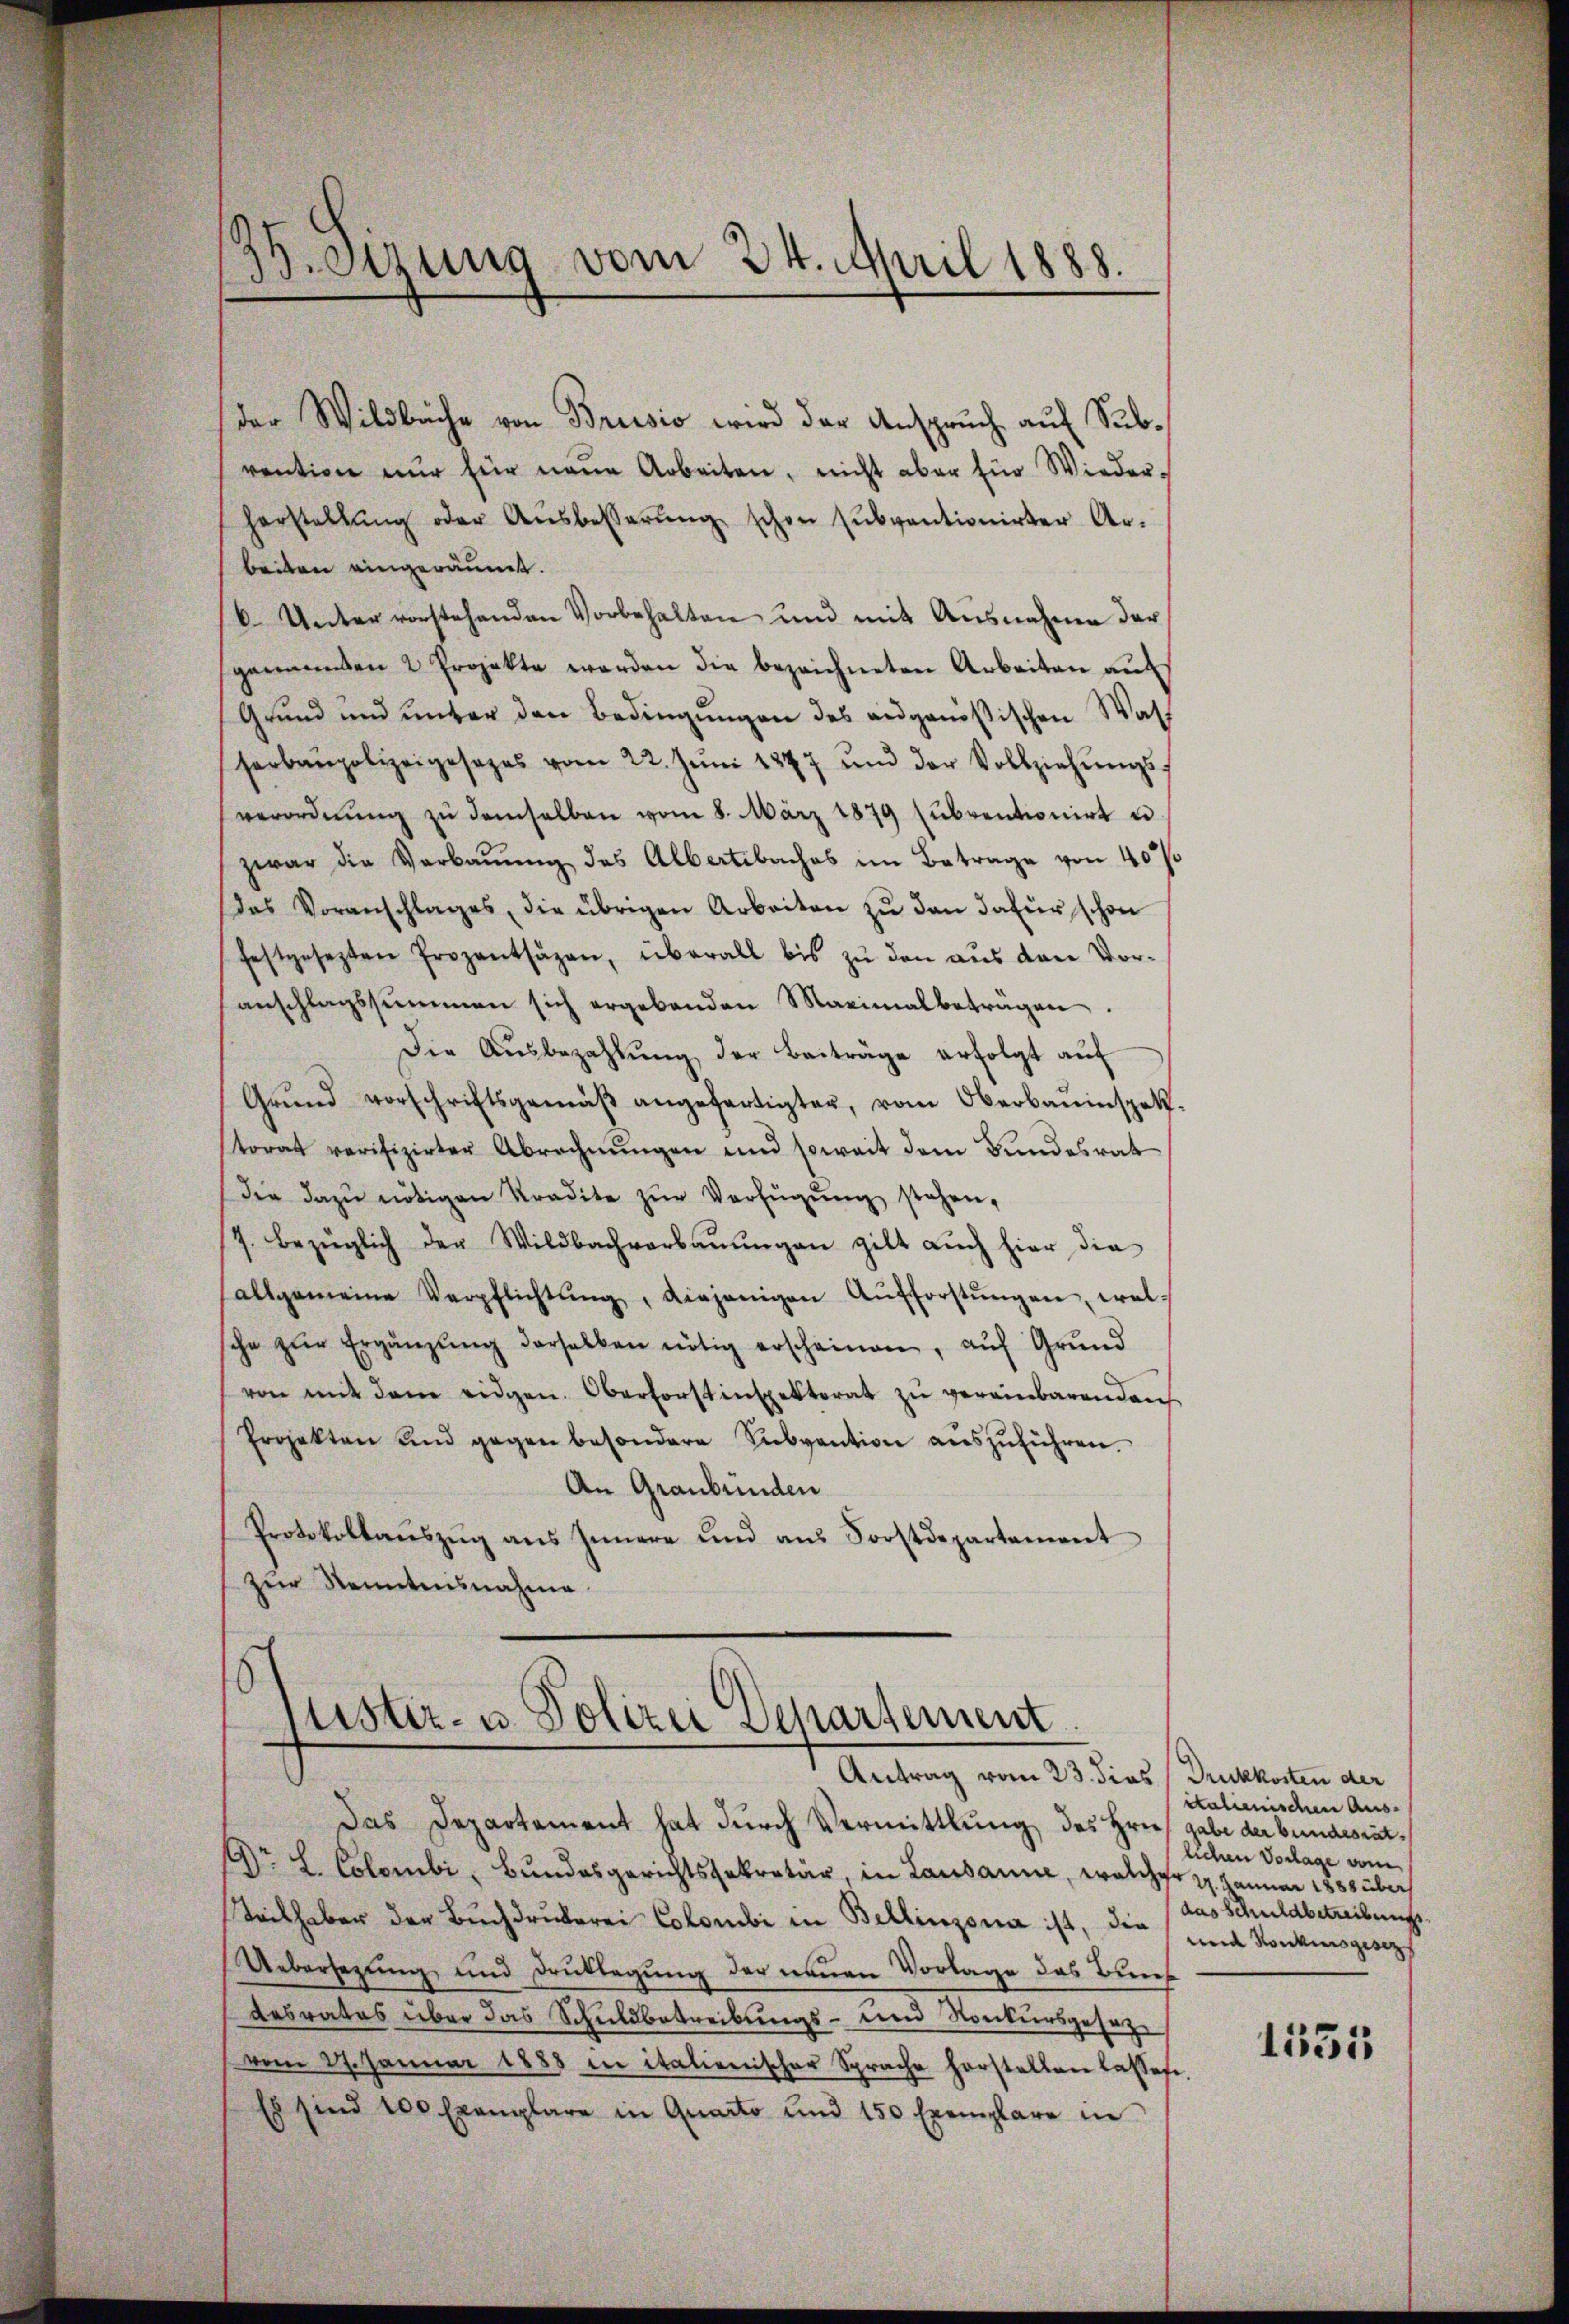
191
drettung vom 24. April 1888.

der Wildbache von Brusio wird der Anspruch auf Subvention nur für neue Arbeiten, nicht aber für Wiederherstellŭng oder Aŭsbesserŭng schon sŭbventionirter Ar-
beiten eingeräumt.
b. Unter vorstehenden Vorbehalten und mit Ausnahme der
genannten 2 Projekte werden die bezeichneten Arbeiten aŭf
Grŭnd und ŭnter den Bedingŭngen des angenößischen Wass
serbaupolizeigesezes vom 22. Jŭni 1877 und der Vollziehŭngs-
verordnŭng zŭ demselben vom 8. März 1879 sŭbventionirt u.
zwar die Verbauung des Albertibaches im Betrage von 40%
das Voranschlages, die übrigen Arbeiten zŭ den dafür schon
festgesezten Prozentsagen, überall bis zu den aus den Voranschlagssummen sich ergebenden Maximalbeträgen.
Die Aŭsbezahlŭng der Beiträge erfolgt auf
Grŭnd vorschriftsgemäβ angefertigter, vom Oberbauinspett.
storat verifizirter Abrechnŭngen und soweit dem Bundesrat
die dazŭ nötigen Stradite zŭr Verfügŭng stehen,
7. bezüglich der Wildbachverbaŭŭngen gilt aŭch hier die
allgemeine Verpflichtŭng, diejenigen Aŭfforstŭngen, welsche zŭr Ergänzŭng derselben nötig erscheinen, aŭf Grŭnd
von mit dem eidgen. Oberforstinspektorat zu vereinbarenden
Projekten und gegen besondere Subvention aŭszŭführen.
An Graubünden
Protokollaŭszŭg ans Innere und ans Forstdepartement
zur Kenntnisnahme.

lustiz- u. Polizei Departement
Antrag vom 23. dies Druckkosten der

Das Departement hat durch Vermittlung des Hrief gabe der bundesrat¬
Ar L. Colombi, Bundesgerichtssekretär, in Lausanne, welcher 2. Januar 1885 über
Teilhaber der Buchdrukerei Colombi in Bellinzona ist, der und Konkursgesez
Uebersezung, und Drucklegung der neuen Vorlage das Bundesrates über das Schuldbetreibungs- und Konkursgesezvom 27. Januar 1888 in italienischer Sprache herstellen lassese,
Es sind 100 Exemplare in Quarto und 150 Exemplare in

italienischen Aus-
lichen Vorlage vom
das Schuldbetreibungs

1535